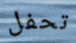
تحفل